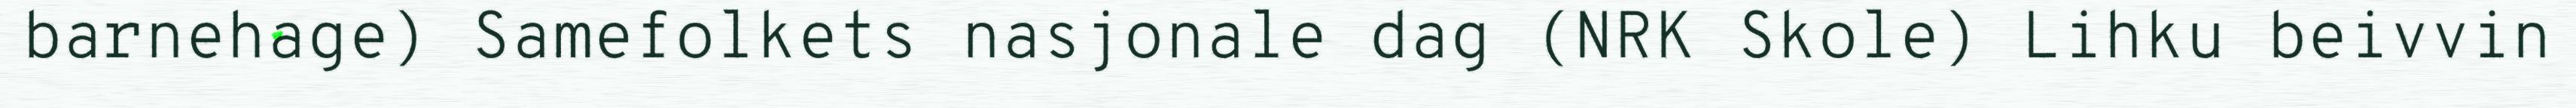
barnehage) Samefolkets nasjonale dag (NRK Skole) Lihku beivvin